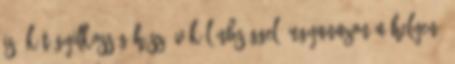
is. Két gyilkosság húsz év különbséggel, ugyanazon a helyen.